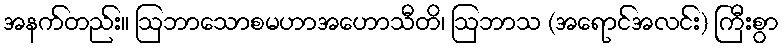
အနက်တည်း။ ဩဘာသောစမဟာအဟောသီတိ၊ ဩဘာသ (အရောင်အလင်း) ကြီးစွာ